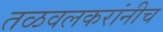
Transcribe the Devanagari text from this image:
तळवलकरांनीच